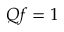
Q f = 1